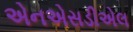
એનએસડીએલ